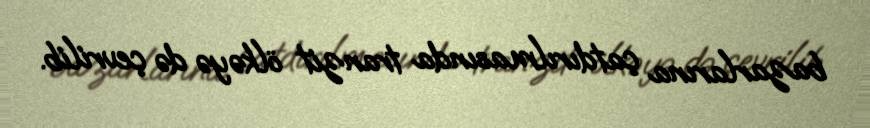
bazarlarına çatdırılmasında tranzit ölkəyə də çevrilib.